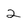
Character: 2